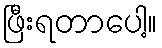
ဖြီးရတာပေါ့။